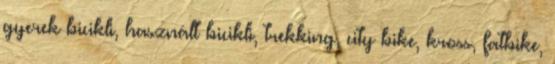
gyerek bicikli, használt bicikli, trekking, city bike, kross, fatbike,